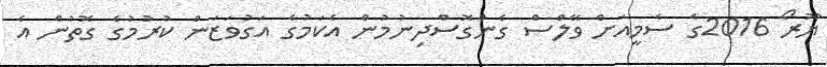
ޔޫރޯ 2016ގެ ސެމީއަށް ވޭލްސް ގެންގޮސްދިނުމުން އެކަމުގެ އަގުވަޒަން ކުރުމުގެ ގޮތުން އެ